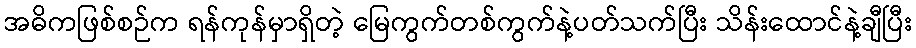
အဓိကဖြစ်စဉ်က ရန်ကုန်မှာရှိတဲ့ မြေကွက်တစ်ကွက်နဲ့ပတ်သက်ပြီး သိန်းထောင်နဲ့ချီပြီး